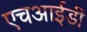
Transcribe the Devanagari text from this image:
एचआईडी